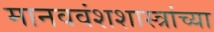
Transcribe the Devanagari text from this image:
मानववंशशास्त्रांच्या